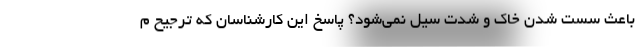
باعث سست شدن خاک و شدت سیل نمی‌شود؟ پاسخ این کارشناسان که ترجیح م